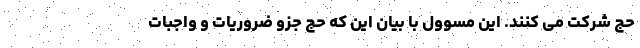
حج شرکت می کنند. این مسوول با بیان این که حج جزو ضروریات و واجبات